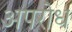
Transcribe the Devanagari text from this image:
अपरोध